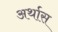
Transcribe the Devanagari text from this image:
अर्थास